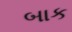
બાક